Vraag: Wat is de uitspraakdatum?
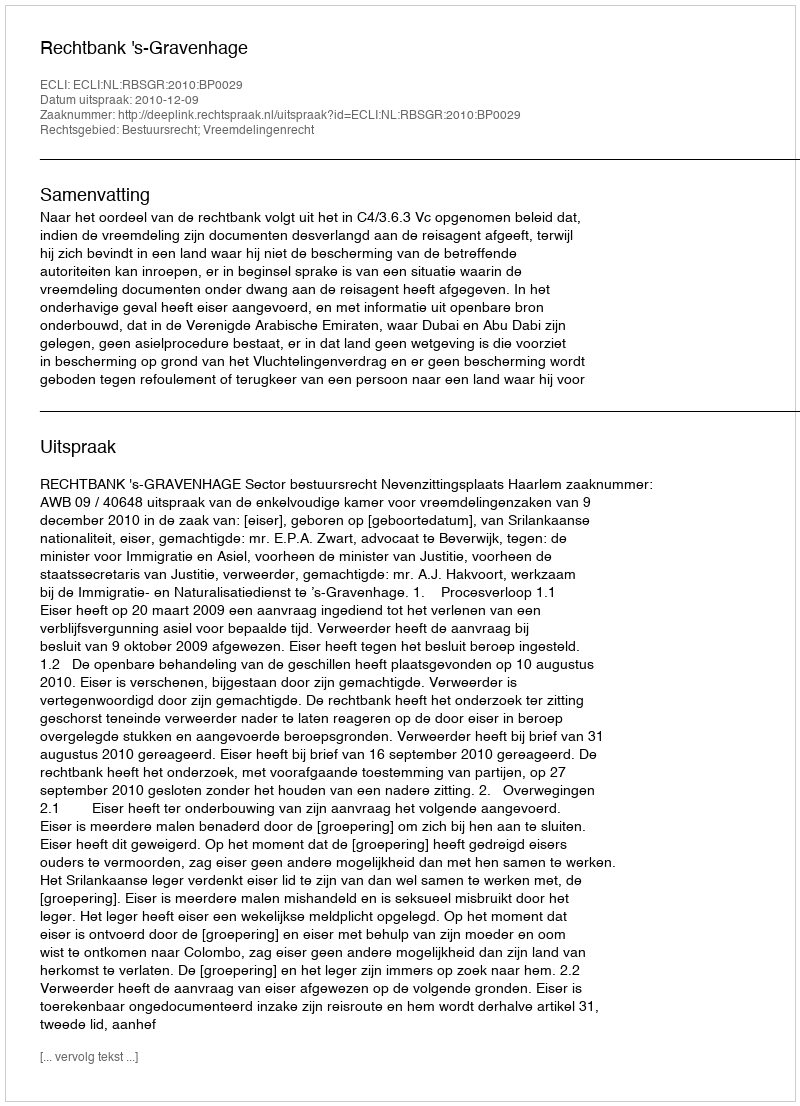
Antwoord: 2010-12-09